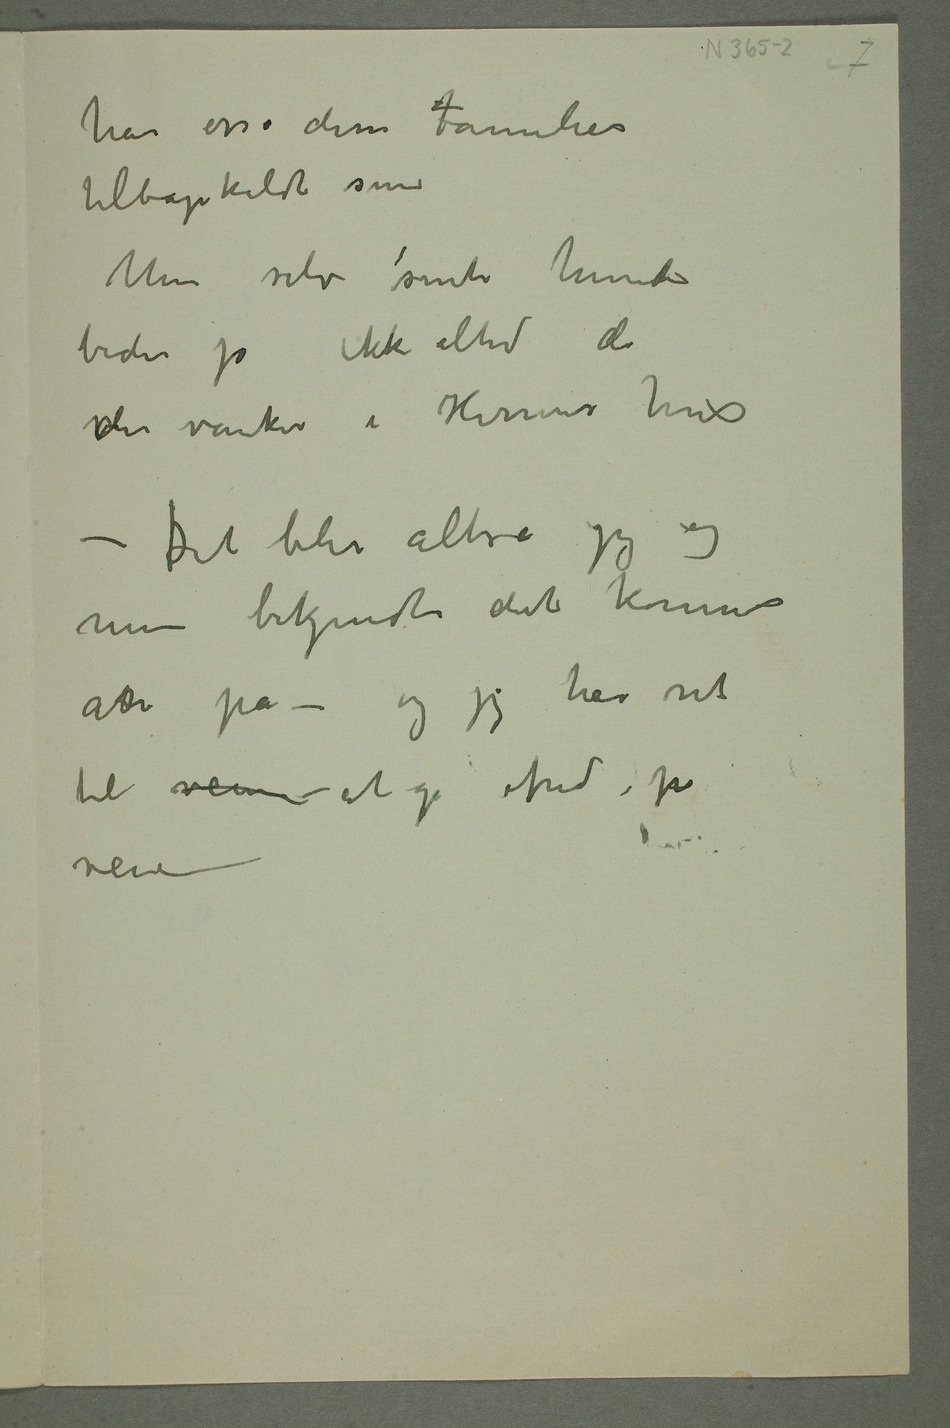
har osså disse Familier
tilbagekaldt sine
Men selv sinte hunder
bider jo ikke altid de
vder vanker i Herrens hus
– Det blir altså jeg og
mine bekjendte det kommer
an på – og jeg har ret
til veien – at gå ifred på
veien